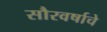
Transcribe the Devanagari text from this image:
सौरवर्षाचे